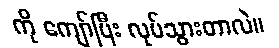
ကို ကျော်ပြီး လုပ်သွားတာလဲ။